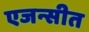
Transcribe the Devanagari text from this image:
एजन्सीत